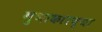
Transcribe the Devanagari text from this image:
गुणाकारच्या